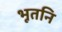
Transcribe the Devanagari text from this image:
भूतनि